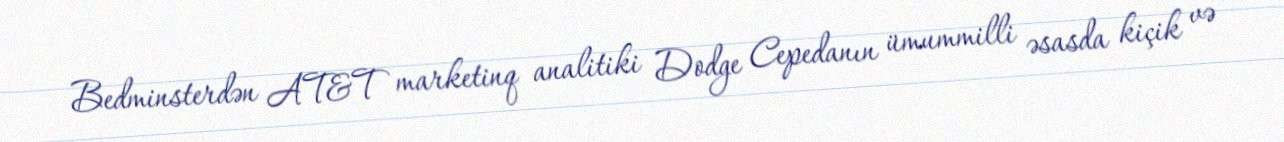
Bedminsterdən AT&T marketinq analitiki Dodge Cepedanın ümummilli əsasda kiçik və